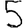
Digit: 5